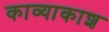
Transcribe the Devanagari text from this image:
काव्याकाश